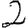
Digit: 2